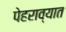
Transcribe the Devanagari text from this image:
पेहराव्यात